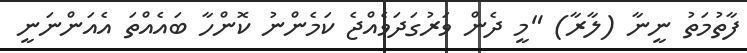
ފާތުމަތު ނީނާ (ލާރާ) "މީ ދެން ވަރުގަދަވެއްޖެ ކަމެންނު ކޮންހާ ބައެއްތަ އެއަންނަނީ